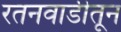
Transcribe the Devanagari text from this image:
रतनवाडीतून